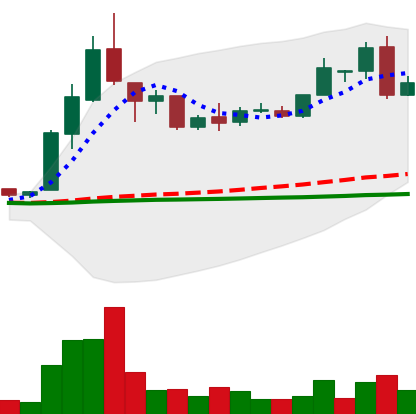
Ticker: LTC-USD
Chart end date: 2016-05-11
Forward return: 3.201%
Label: up_3_5